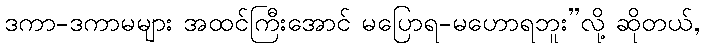
ဒကာ-ဒကာမများ အထင်ကြီးအောင် မပြောရ-မဟောရဘူး”လို့ ဆိုတယ်,